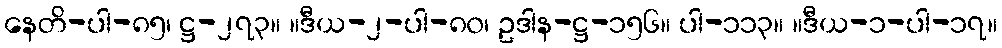
နေတိ-ပါ-၈၅၊ ဋ္ဌ-၂၇၃။ ။ဒီယ-၂-ပါ-၈၀၊ ဥဒါန-ဋ္ဌ-၁၅၆။ ပါ-၁၁၃။ ။ဒီယ-၁-ပါ-၁၇။